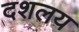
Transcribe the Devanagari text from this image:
दशलय